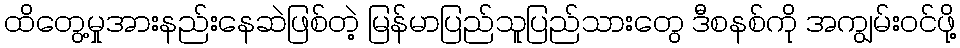
ထိတွေ့မှုအားနည်းနေဆဲဖြစ်တဲ့ မြန်မာပြည်သူပြည်သားတွေ ဒီစနစ်ကို အကျွမ်းဝင်ဖို့